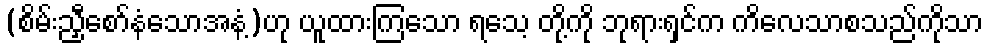
(စိမ်းညှီစော်နံသောအနံ့)ဟု ယူထားကြသော ရသေ့ တို့ကို ဘုရားရှင်က ကိလေသာစသည်ကိုသာ